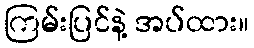
ကြမ်းပြင်နဲ့ အပ်ထား။